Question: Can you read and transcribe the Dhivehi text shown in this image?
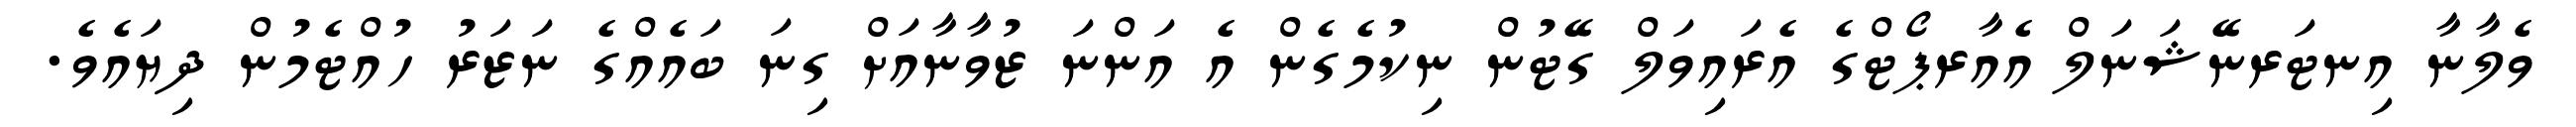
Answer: ވެލާނާ އިނޓަރނޭޝަނަލް އެއާރޕޯޓްގެ އެރައިވަލް ގޭޓުން ނިކުމެގެން އެ އަންނަ ޒުވާނާއަށް ގިނަ ބައެއްގެ ނަޒަރު ހުއްޓެމުން ދިޔައެވެ.